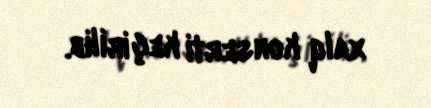
xalq konserti keçirilib.